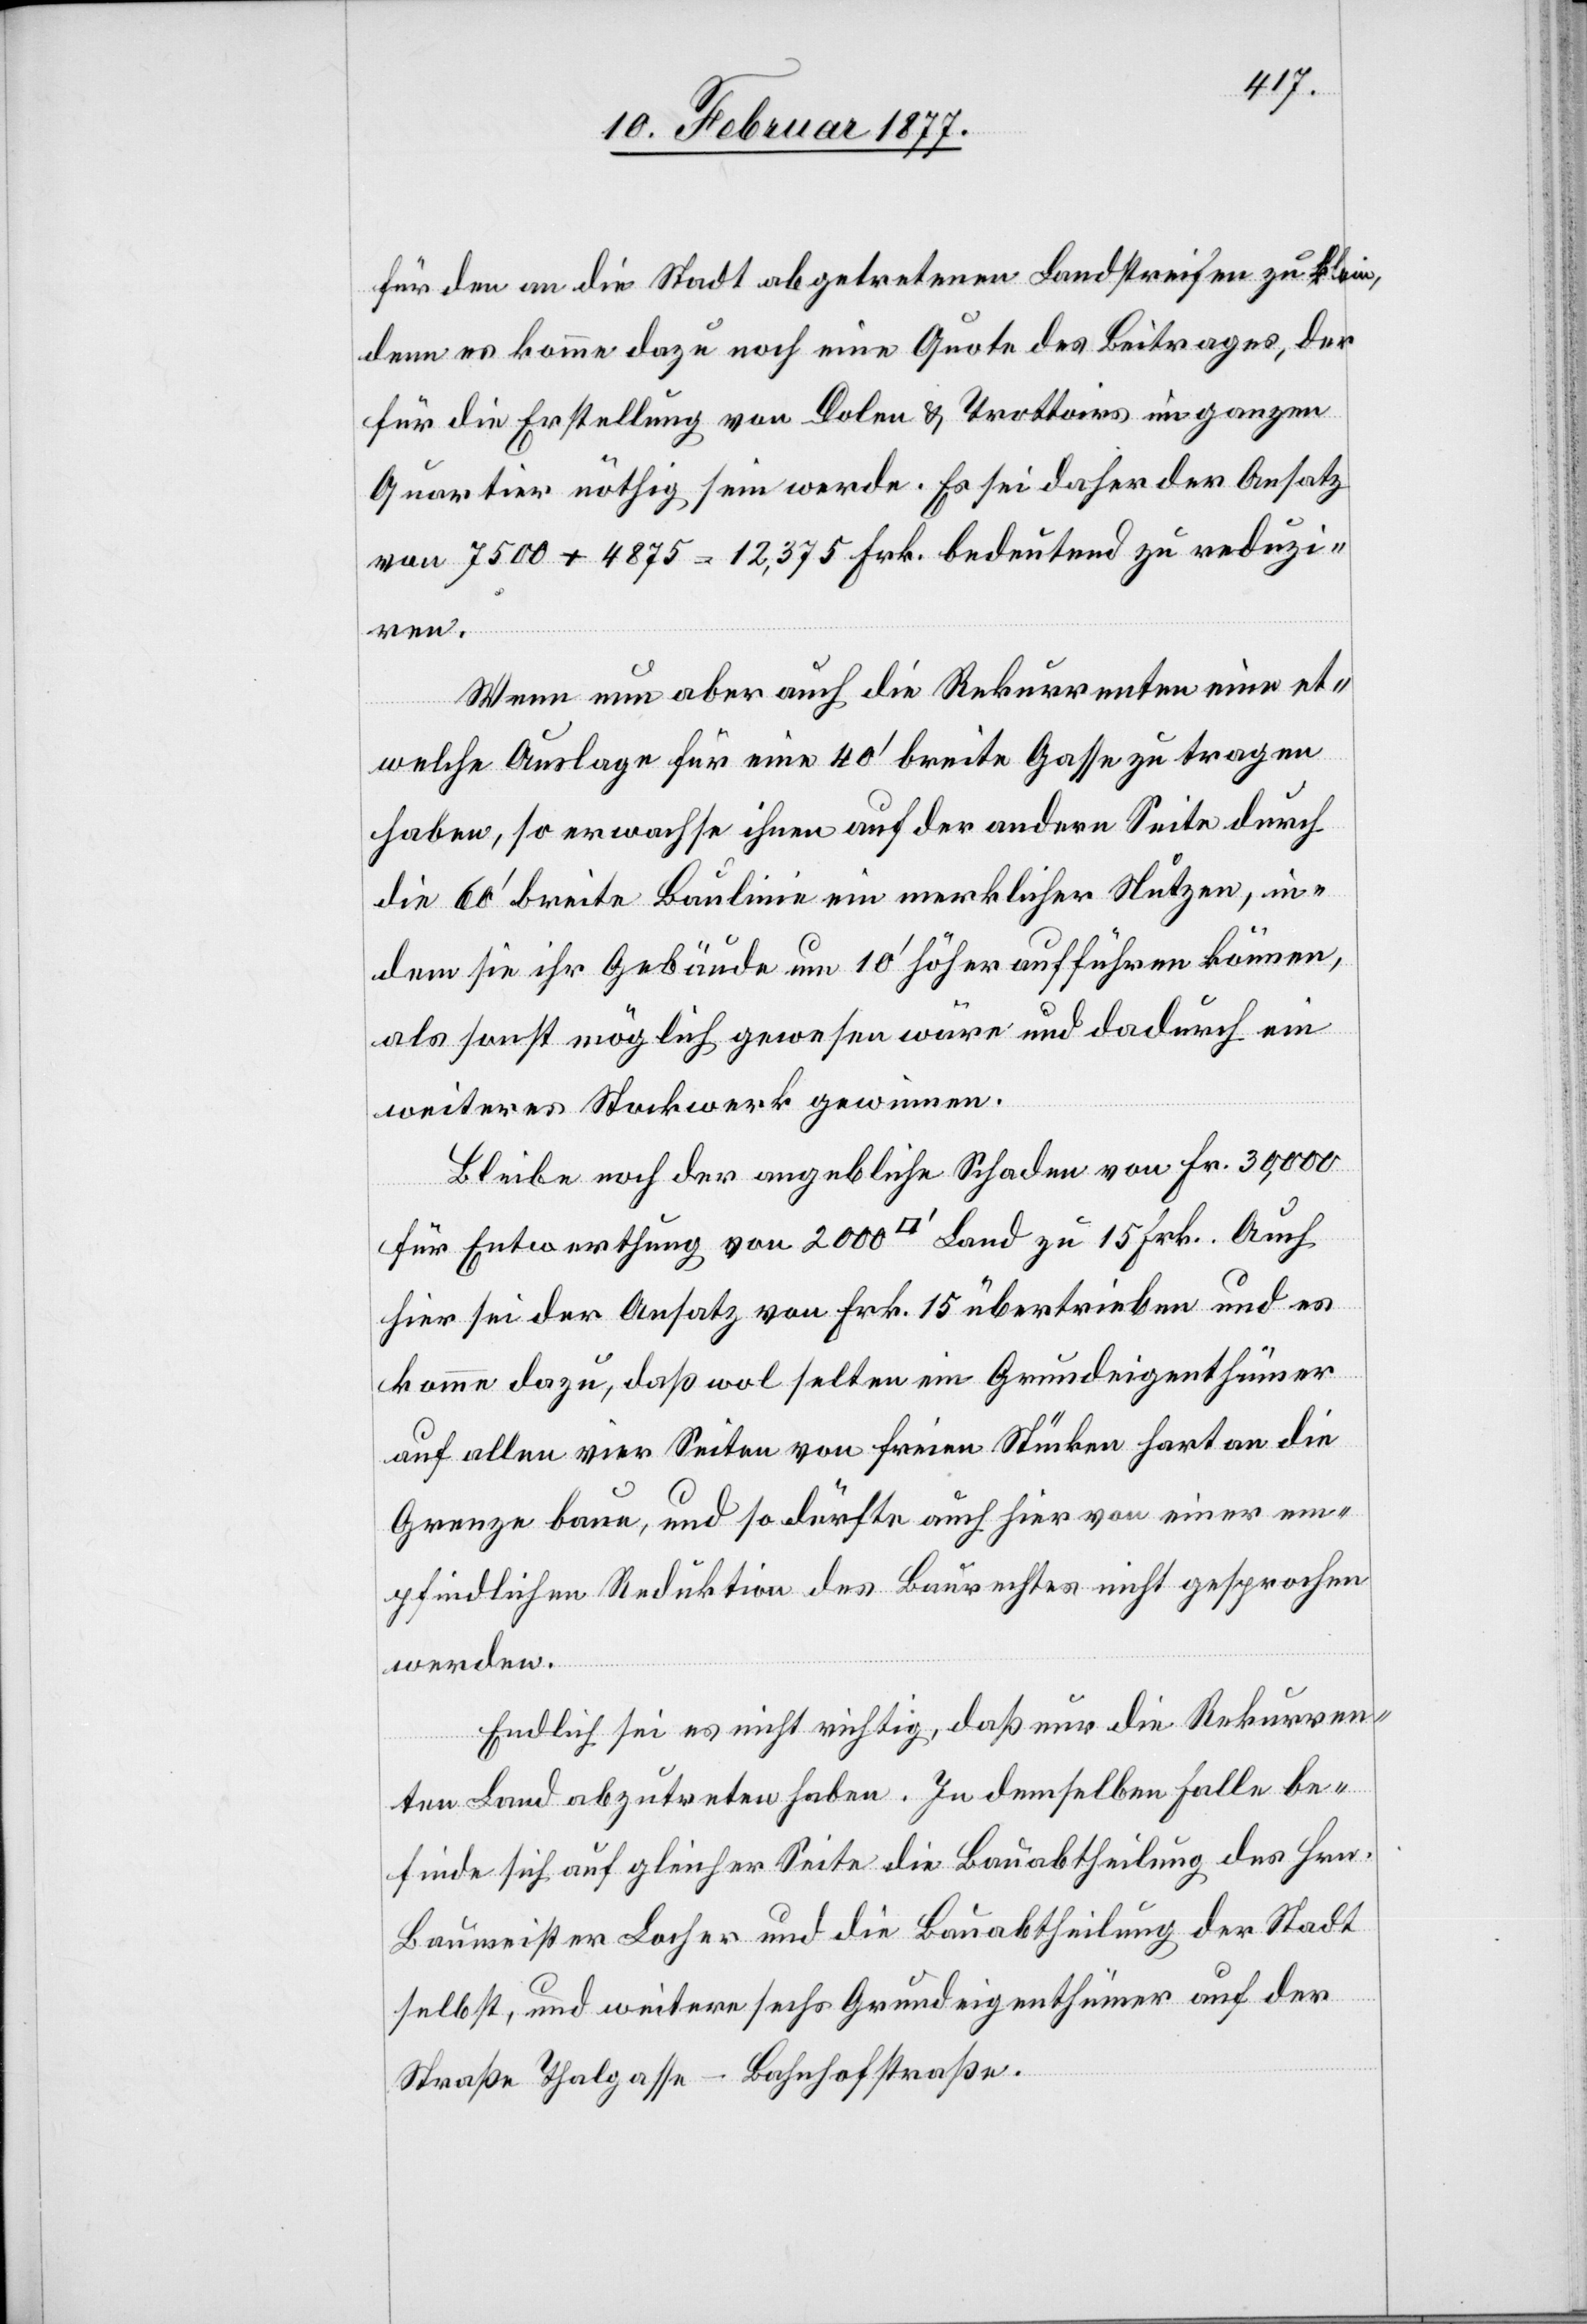
für den an die Stadt abgetretenen Landstreifen zu klein,
denn es komme dazu noch eine Quote des Beitrages, der
für die Erstellung von Dolen & Trottoirs im ganzen
Quartier nöthig sein werde. Es sei daher der Ansatz
von 7500 + 4875 = 12,375 Frk. bedeutend zu reduzi¬
ren.
Wenn nun aber auch die Rekurrenten eine et¬
welche Auslage für eine 40’ breite Gasse zu tragen
haben, so erwachse ihnen auf der andern Seite durch
die 60’ breite Baulinie ein merklicher Nutzen, in¬
dem sie ihr Gebäude um 10’ höher aufführen können,
als sonst möglich gewesen wäre und dadurch ein
weiteres Stockwerk gewinnen.
Bleibe noch der angebliche Schaden von Fr. 30,000
für Entwerthung von 2000 [Quadratfuss] Land zu 15 Frk. Auch
hier sei der Ansatz von Frk. 15 übertrieben und es
komme dazu, daß wol selten ein Grundeigenthümer
auf allen vier Seiten von freien Stücken hart an die
Grenze baue, und so dürfte auch hier von einer em¬
pfindlichen Reduktion des Baurechtes nicht gesprochen
werden.
Endlich sei es nicht richtig, daß nur die Rekurren¬
ten Land abzutreten haben. In demselben Falle be¬
finde sich auf gleicher Seite die Bauabtheilung des Hrn.
Baumeister Locher und die Bauabtheilung der Stadt
selbst, und weitere sechs Grundeigenthümer auf der
Straße Thalgasse–Bahnhofstraße.